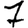
Digit: 7